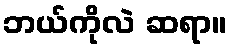
ဘယ်ကိုလဲ ဆရာ။